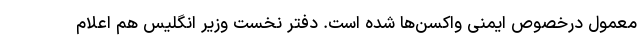
معمول درخصوص ایمنی واکسن‌ها شده است. دفتر نخست وزیر انگلیس هم اعلام